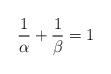
LaTeX: \begin{align*}\frac{1}{\alpha} + \frac{1}{\beta} = 1\end{align*}